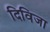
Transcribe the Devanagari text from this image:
दिविजा